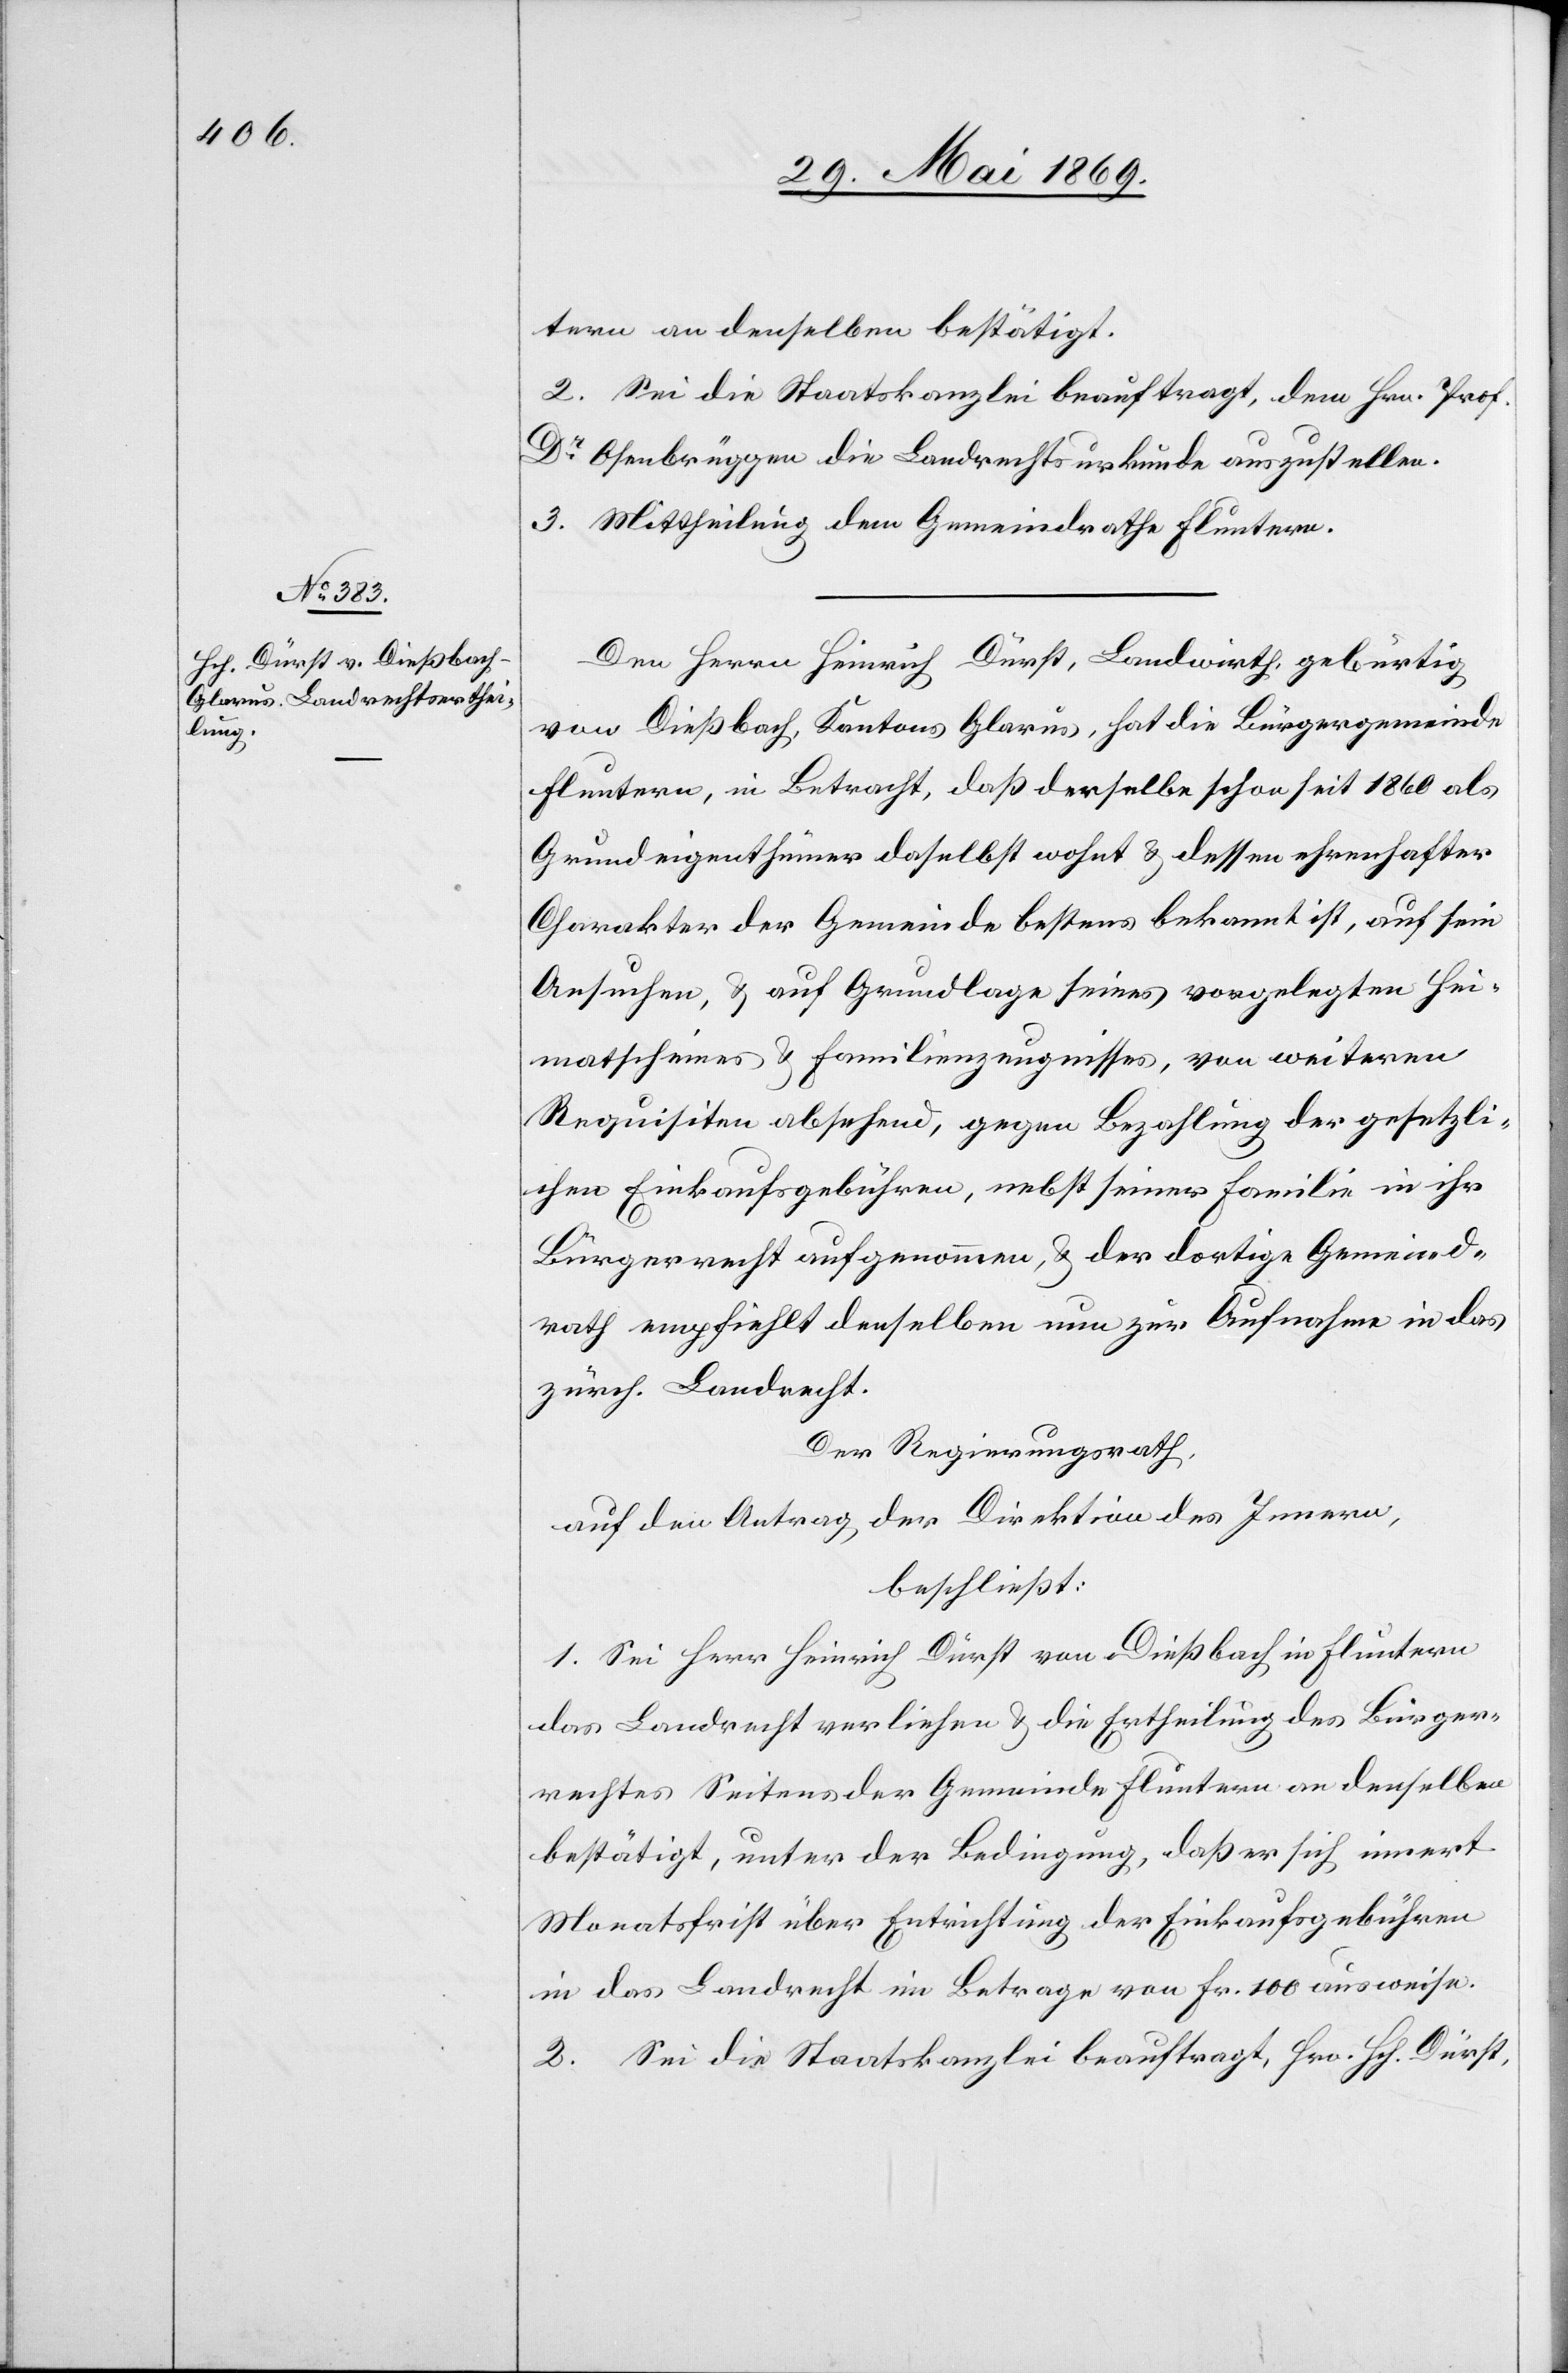
tern an denselben bestätigt.
2. Sei die Staatskanzlei beauftragt, dem Hrn. Prof.
Dr Ossenbrüggen die Landrechtsurkunde auszustellen.
3. Mittheilung dem Gemeindrathe Fluntern.
Den Herrn Heinrich Dürst, Landwirth, gebürtig
von Dießbach, Kantons Glarus, hat die Bürgergemeinde
Fluntern, in Betracht, daß derselbe schon seit 1860 als
Grundeigenthümer daselbst wohnt u. dessen ehrenhafter
Charakter der Gemeinde bestens bekannt ist, auf sein
Ansuchen, u. auf Grundlage seines vorgelegten Hei¬
matscheines u. Familienzeugnisses, von weiteren
Requisiten absehend, gegen Bezahlung der gesetzli¬
chen Einkaufsgebühren, nebst seiner Familie in ihr
Bürgerrecht aufgenommen, u. der dortige Gemeind¬
rath empfiehlt denselben nun zur Aufnahme in das
zürch. Landrecht.
Der Regierungsrath,
auf den Antrag der Direktion des Innern,
beschließt:
1. Sei Herr Heinrich Dürst von Dießbach in Fluntern
das Landrecht verliehen u. die Ertheilung des Bürger¬
rechtes Seitens der Gemeinde Fluntern an denselben
bestätigt, unter der Bedingung, daß er sich innert
Monatsfrist über Entrichtung von Fr. 100 ausweise.
2. Sei die Staatskanzlei beauftragt, Hrn. Hch. Dürst,